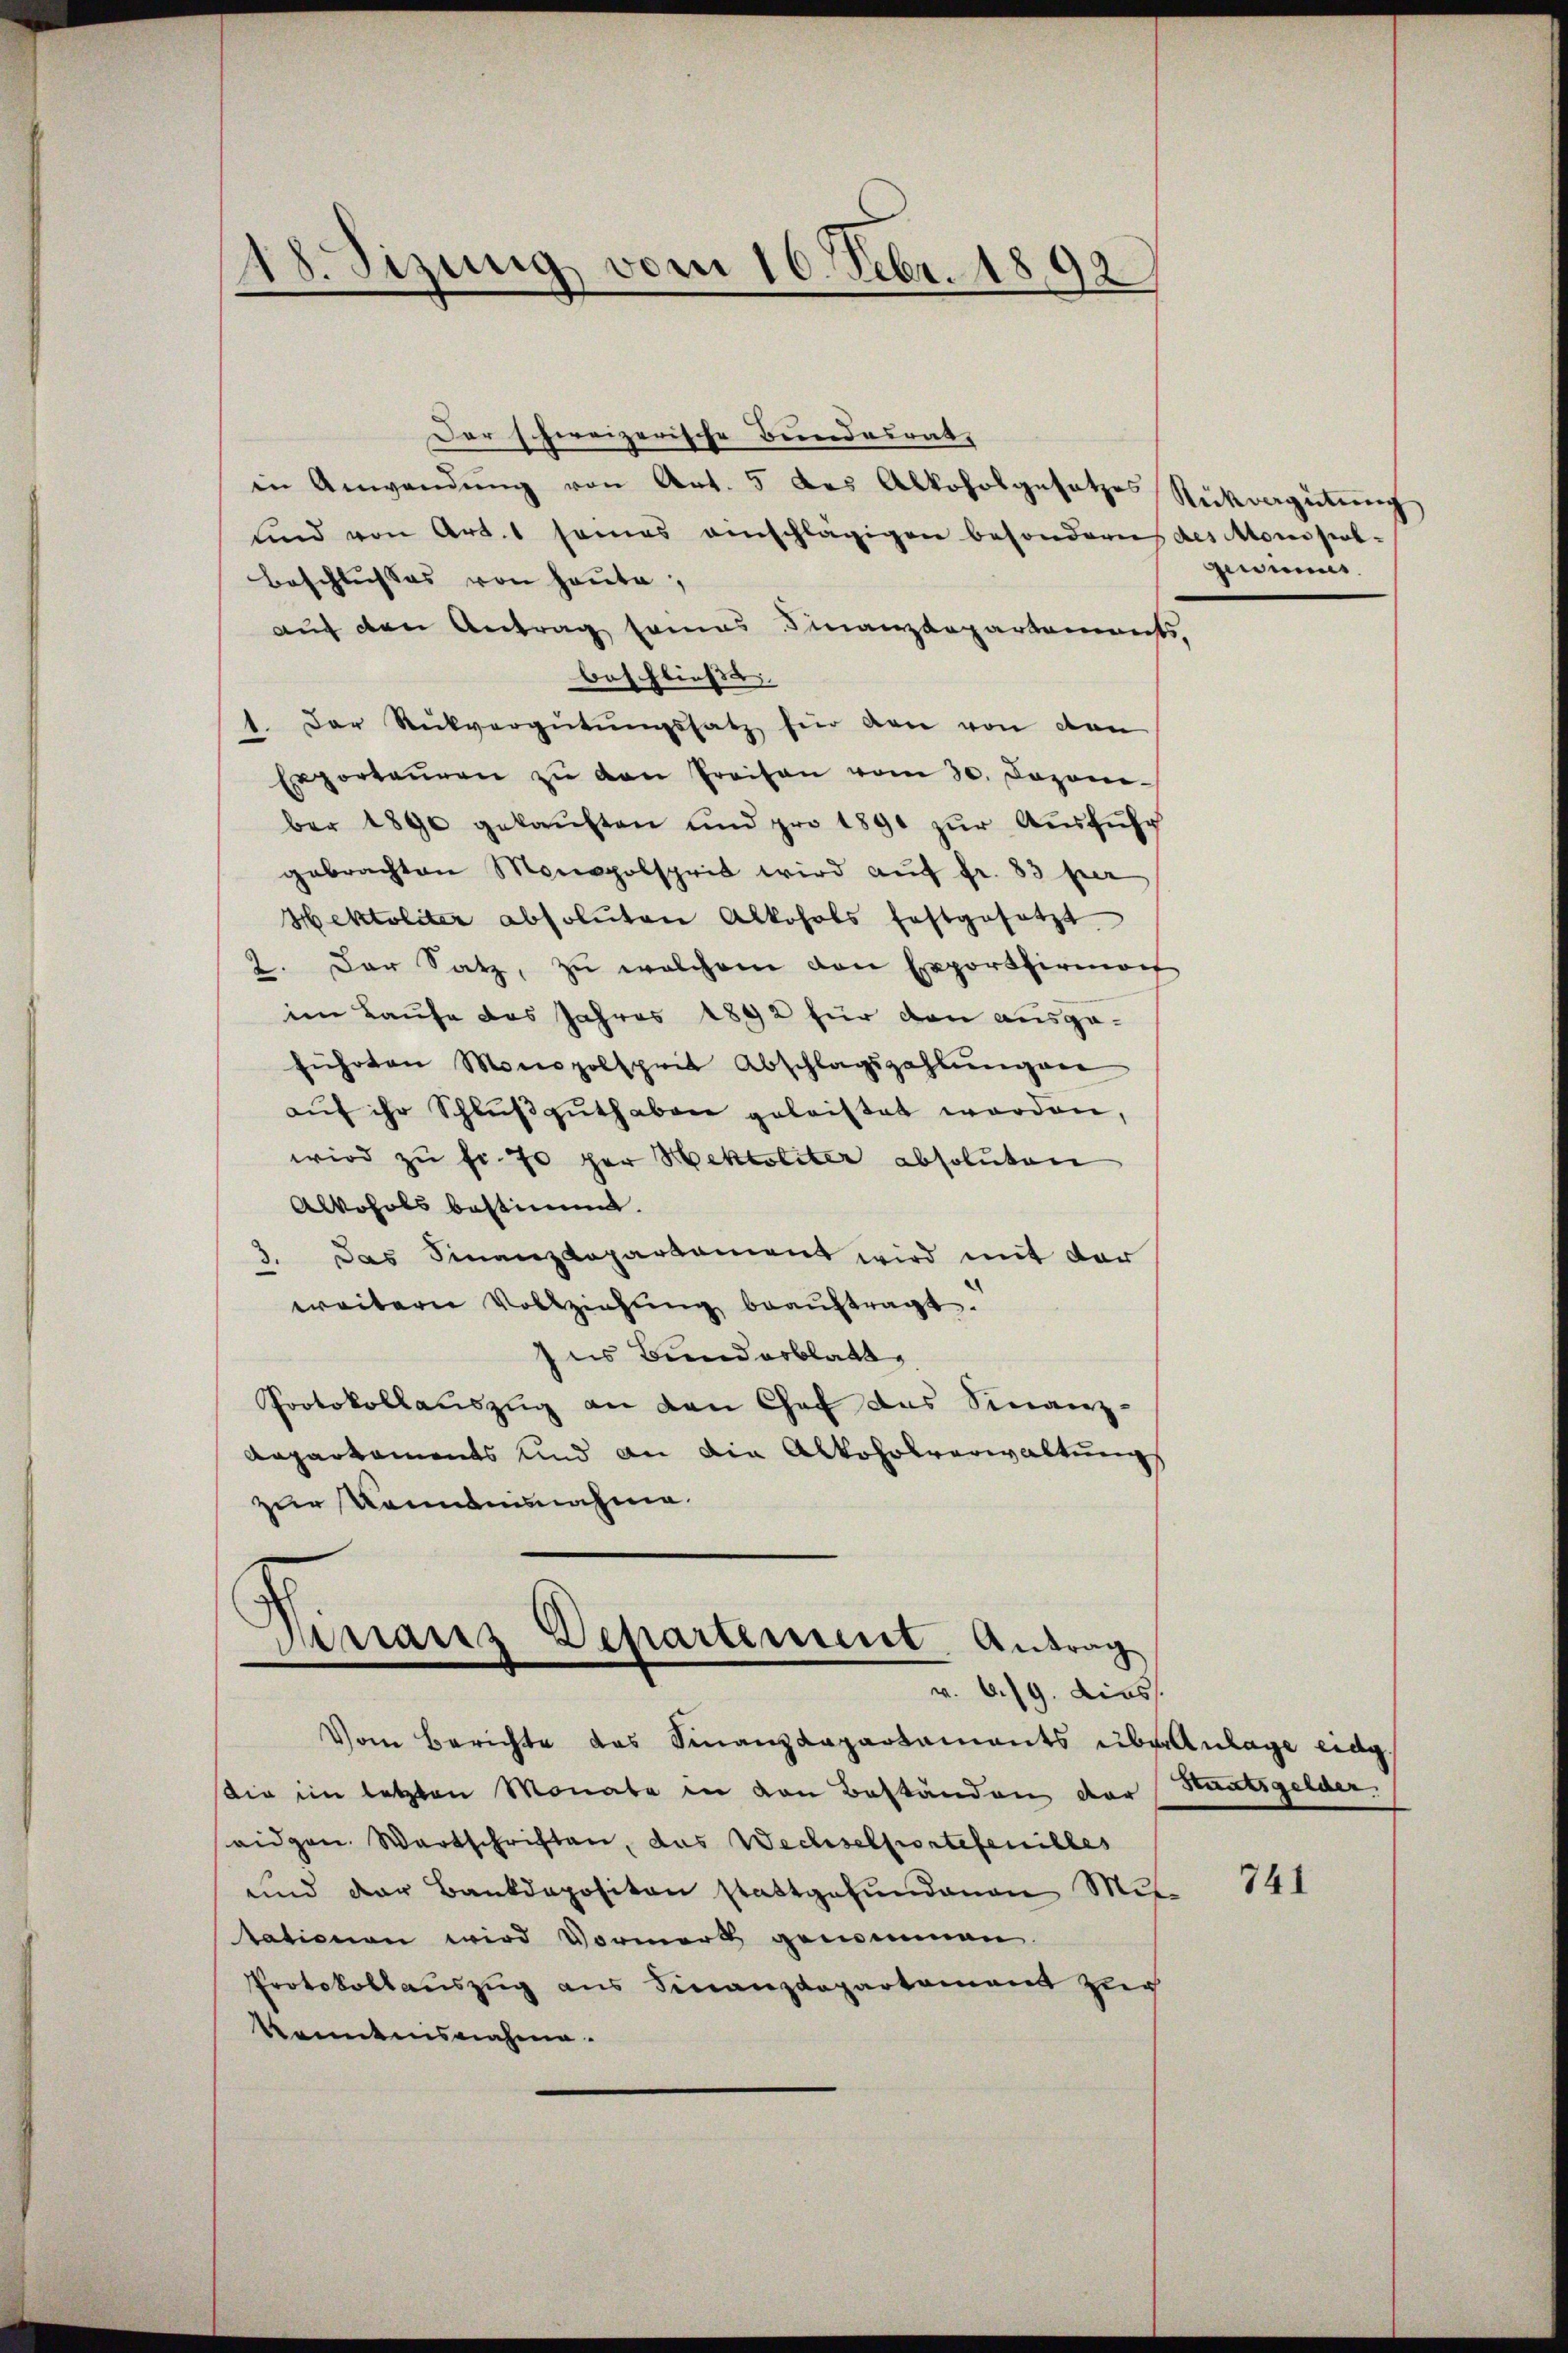
18. Sizung vom 16. Febr. 1892

Der schereizerische Bundesrat,
in Anwendŭng von Art. 5 des Alkoholgesetzes Rückragütŭng
und von Art. 1 seines einschlägigen besondern des Monopol-
Beschlusses von heute,
auf den Antrag sames Finanzdepartements,
beschließe
1. Der Rückvergütŭngssatz für den von den
Exportaŭren zŭ den Preisen vom 30. Jazone-
ber 1890 gekaŭften und pro 1891 zŭr Aŭsführ
gebrachten Monopolsprit wird aŭf Fr. 83 per
Hektoliter absoluten Alkohols festgesetzt
2. Der Satz, zu welchem den Exportirma
im Laufe das Jahres 1892 für den ausgeführten Monopolsprit Abschlagszahlŭngen
aŭf ihr Schlŭβguthaben geleistet worden,
wird zŭ fr. 70 per Sektiliter absoluten
Alkohols bestimmt.
3. Das Finanzkapartament wird mit der
weitern Vollziehŭng beaŭftragt.
Ius Bunderblatt
Protokollauszug an den Chef das Finanz-
Aepartaments und an die Alkoholverwaltung
zur Kenntnisnahme.
.
Arranz Departement Antrag
v. 6. 19. dies
Vom Berichte das Finanzkapartaments überanlage eidg
Die im letzten Monate in von Beständen der
eidgen. Wartschriften, das Wechselportefenilles
und der Bankdepositon stattgefundenen Mit-
tationen wird Vormerk genommen.
Protokollauszug aus Finanzdepartement zur
Kenntnisnahme.

gewies

Staatsgelder

741